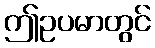
ဤဥပမာတွင်